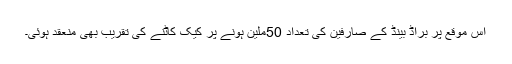
اس موقع پر براڈ بینڈ کے صارفین کی تعداد 50ملین ہونے پر کیک کاٹنے کی تقریب بھی منعقد ہوئی۔